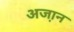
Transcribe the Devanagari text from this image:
अजा़न